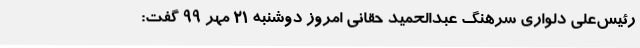
رئیس‌علی دلواری سرهنگ عبدالحمید حقانی امروز دوشنبه 21 مهر 99 گفت: